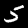
Digit: 5